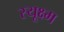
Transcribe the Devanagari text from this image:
स्यूक्ष्म